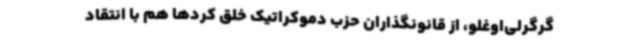
گرگرلی‌اوغلو، از قانونگذاران حزب دموکراتیک خلق کردها هم با انتقاد